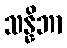
သန္နိဘာ